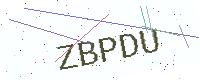
Text: ZBPDU